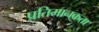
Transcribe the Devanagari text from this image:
प्रतिमानकता